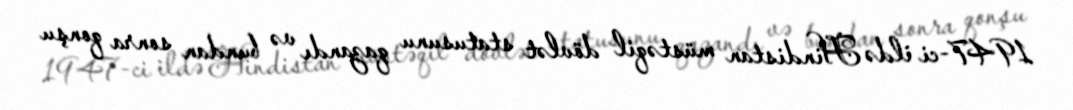
1947-ci ildə Hindistan müstəqil dövlət statusunu qazandı və bundan sonra qonşu